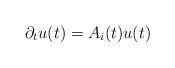
LaTeX: \begin{align*} \partial_t u(t) = A_i (t) u(t)\end{align*}